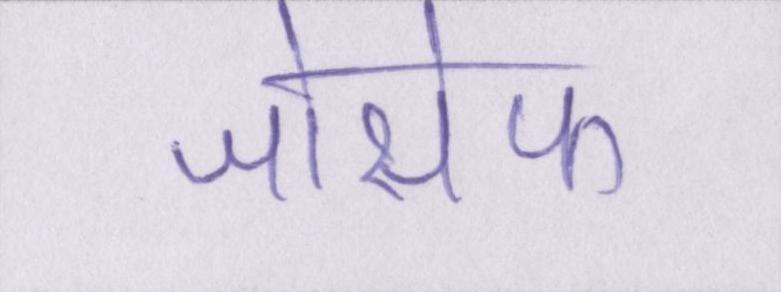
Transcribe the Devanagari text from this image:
जोसेफ